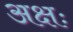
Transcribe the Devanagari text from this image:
अक्षः